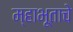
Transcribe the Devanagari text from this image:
म्हाभूताचे